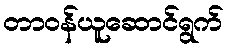
တာဝန်ယူဆောင်ရွက်